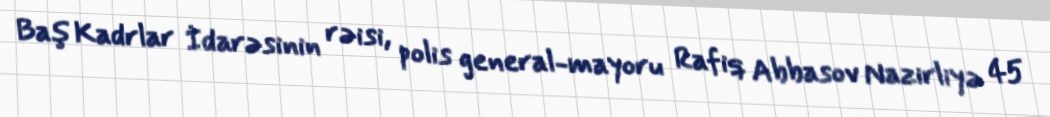
Baş Kadrlar İdarəsinin rəisi, polis general-mayoru Rafiq Abbasov Nazirliyə 45